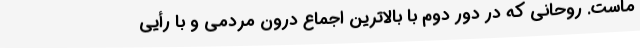
ماست. روحانی که در دور دوم با بالاترین اجماع درون مردمی و با رأیی